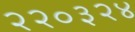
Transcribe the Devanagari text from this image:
२२०३२४